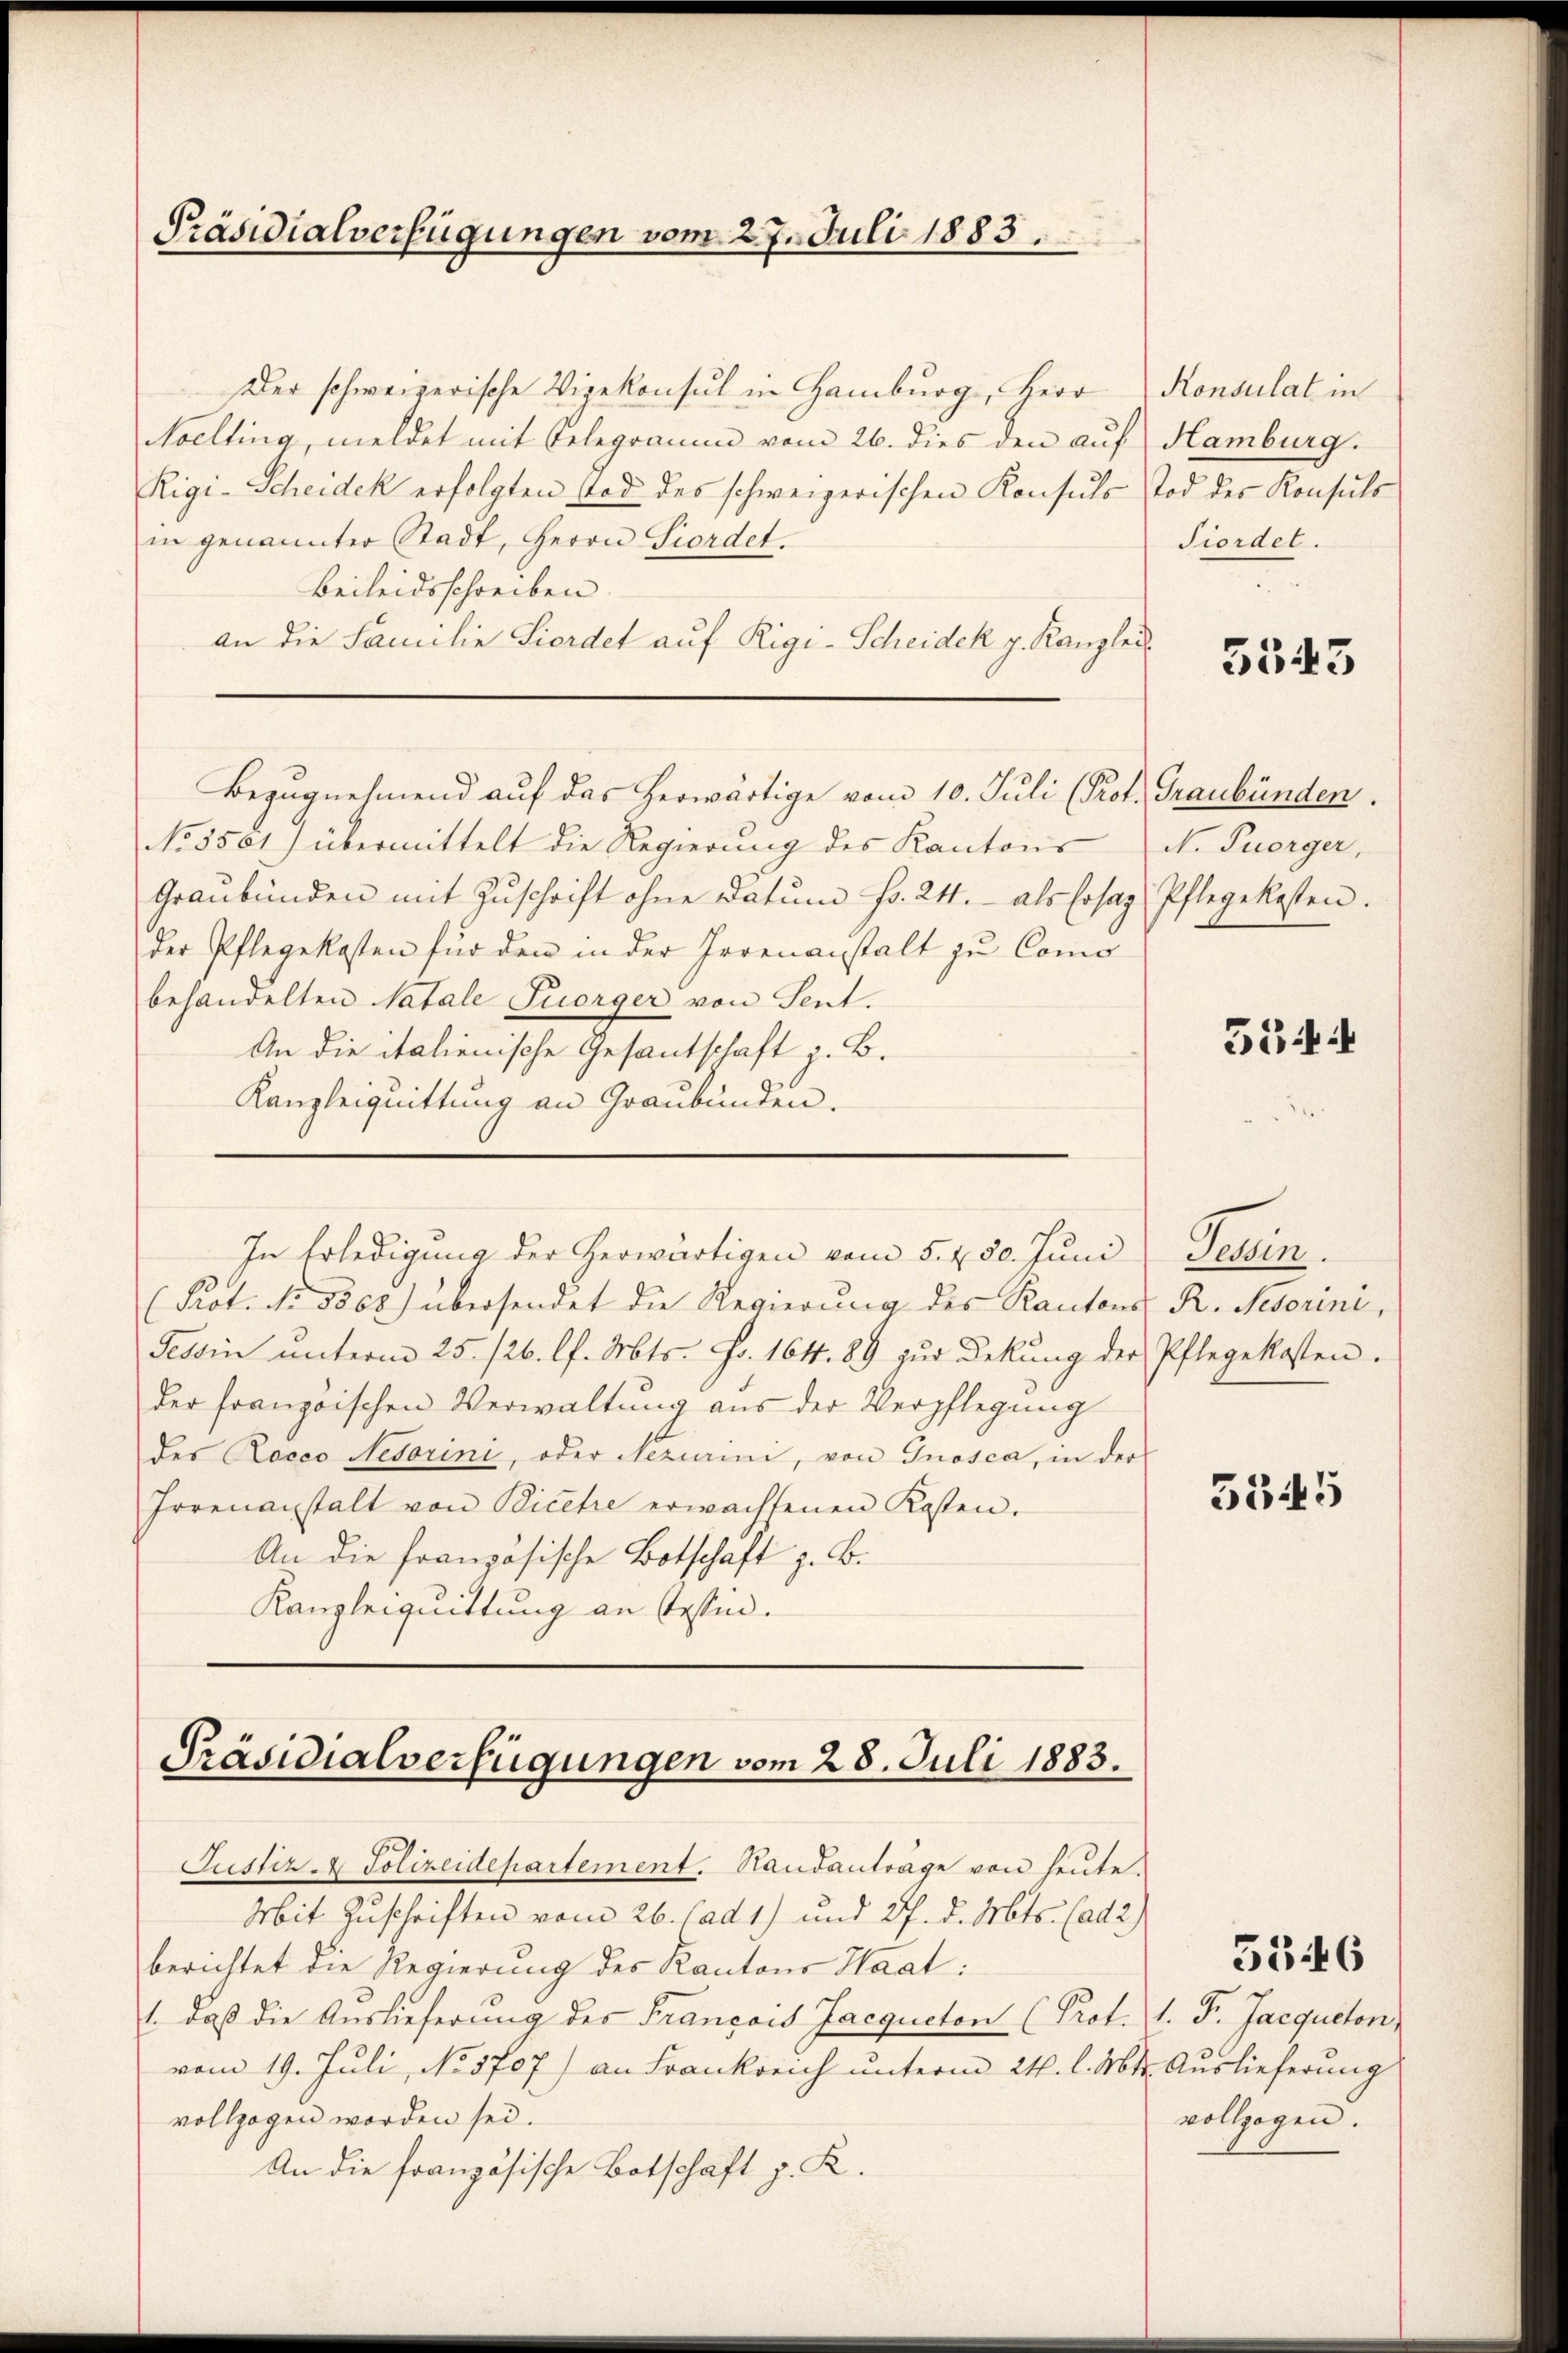
Präsidialverfügungen vom 27. Juli 1883.

Der schweizerische Vigekonsul in Hamburg, Herr
Noelting, meldet mit Telegramm vom 26. dies den auf Hamburg.
Rigi-Scheidek erfolgten Tod des schweizerischen Konsuls Tod der Konsuls
in genannter Stadt, Herrn Stordet.
Beileidsschreiben.
an die Familie Fiordet auf Rigi-Scheidek p. Kanzlei
Bezugnehmend auf das herwärtige vom 10. Juli (Prof. Graubünden.
No 3501) übermittelt die Regierŭng des Kantons N. Tuorger,
Graubünden mit Zŭschrift ohne Datum fr. 24. als Ersaz, Pflegekosten.
der Pflegekosten für den in der Irrenanstalt zu Como
behandelten Catale Tuorger von Sent.
An die italienische Gesantschaft . B.
Kanzleiquittung an Graubünden.
In Erledigung der herwärtigen vom 5. fl. 80. Juni
(Prot. No. 5368) übersendet die Regierung des Kantons R. Nesorini,
Tessin ŭnterm 25. 126. l. Mts. Fr. 164. 89 zur Dekŭng der Pflegekosten.
der franzischen Verwaltŭng aus der Verpflegŭng
des Roceo Netorini, oder Neziarini, von Gnosca, in der
Irrenanstalt von Bicehe erwachsenen Kosten.
An die französische Botschaft z. B.
Kanzleiquittung an Erstin.

Präsidialverfügungen vom 28. Juli 1883.

Justiz- & Polizeidepartement. Standanträge von heute.
Mit Zuschriften vom 26. Jad 1) und 27. d. Mts. (ad 2.)
berichtet die Regierung des Kantons Haat:
1. daβ die Auslieferung des Francois Jacqueton (Prot. 1. F. Jacqueton
vom 19. Jŭli, No 5707) an Frankreich ŭnterm 24. l. Mtt. Auslieferung
vollzogen worden sei.
An die französische Botschaft z. R.

Konsulat in
Fiordel.

5543

5544

Perein.

5545

5546

vollzogen.